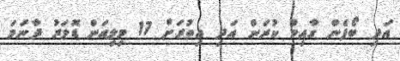
އަދި ބޯފެން ގާއިމް ކުރަން އަދި އިތުރަށް 17 މިލިއަން ޑޮލަރު ދާނަމަ